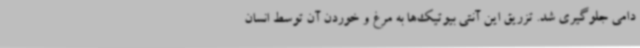
دامی جلوگیری شد. تزریق این آنتی بیوتیک‌ها به مرغ و خوردن آن توسط انسان